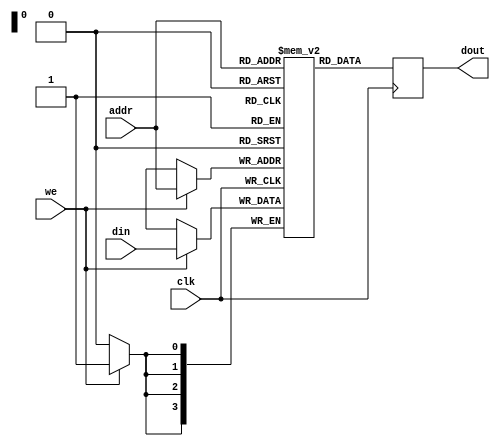
module sram (
    input wire clk,
    input wire we,                // Write enable
    input wire [addr_width-1:0] addr, // Address for SRAM
    input wire [data_width-1:0] din,  // Data input
    output reg [data_width-1:0] dout  // Data output
);
    parameter addr_width = 4; // Number of address bits
    parameter data_width = 4; // Number of bits in the data

    reg [data_width-1:0] memory [0:2**addr_width-1]; // SRAM memory array

    always @(posedge clk) begin
        if (we) begin
            memory[addr] <= din; // Write data to SRAM
        end
        dout <= memory[addr]; // Read data from SRAM
    end
endmodule